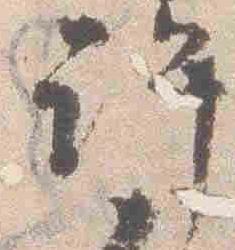
許